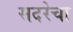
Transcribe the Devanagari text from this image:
सदरेचा